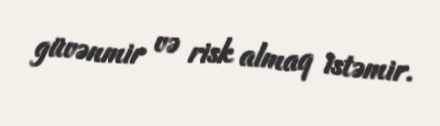
güvənmir və risk almaq istəmir.